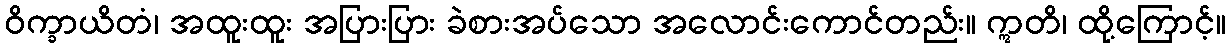
ဝိက္ခာယိတံ၊ အထူးထူး အပြားပြား ခဲစားအပ်သော အလောင်းကောင်တည်း။ ဣတိ၊ ထို့ကြောင့်။